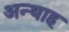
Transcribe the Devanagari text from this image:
अन्‍थाह